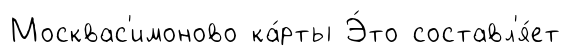
Москвас'имоново ка́рты Э́то составл'я́ет